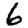
Digit: 6